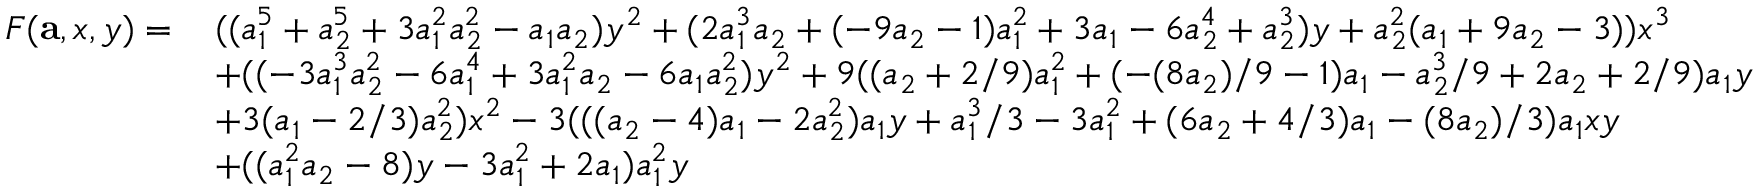
\begin{array} { r l } { F ( \mathbf { a } , x , y ) = \, } & { ( ( a _ { 1 } ^ { 5 } + a _ { 2 } ^ { 5 } + 3 a _ { 1 } ^ { 2 } a _ { 2 } ^ { 2 } - a _ { 1 } a _ { 2 } ) y ^ { 2 } + ( 2 a _ { 1 } ^ { 3 } a _ { 2 } + ( - 9 a _ { 2 } - 1 ) a _ { 1 } ^ { 2 } + 3 a _ { 1 } - 6 a _ { 2 } ^ { 4 } + a _ { 2 } ^ { 3 } ) y + a _ { 2 } ^ { 2 } ( a _ { 1 } + 9 a _ { 2 } - 3 ) ) x ^ { 3 } } \\ & { + ( ( - 3 a _ { 1 } ^ { 3 } a _ { 2 } ^ { 2 } - 6 a _ { 1 } ^ { 4 } + 3 a _ { 1 } ^ { 2 } a _ { 2 } - 6 a _ { 1 } a _ { 2 } ^ { 2 } ) y ^ { 2 } + 9 ( ( a _ { 2 } + 2 / 9 ) a _ { 1 } ^ { 2 } + ( - ( 8 a _ { 2 } ) / 9 - 1 ) a _ { 1 } - a _ { 2 } ^ { 3 } / 9 + 2 a _ { 2 } + 2 / 9 ) a _ { 1 } y } \\ & { + 3 ( a _ { 1 } - 2 / 3 ) a _ { 2 } ^ { 2 } ) x ^ { 2 } - 3 ( ( ( a _ { 2 } - 4 ) a _ { 1 } - 2 a _ { 2 } ^ { 2 } ) a _ { 1 } y + a _ { 1 } ^ { 3 } / 3 - 3 a _ { 1 } ^ { 2 } + ( 6 a _ { 2 } + 4 / 3 ) a _ { 1 } - ( 8 a _ { 2 } ) / 3 ) a _ { 1 } x y } \\ & { + ( ( a _ { 1 } ^ { 2 } a _ { 2 } - 8 ) y - 3 a _ { 1 } ^ { 2 } + 2 a _ { 1 } ) a _ { 1 } ^ { 2 } y } \end{array}